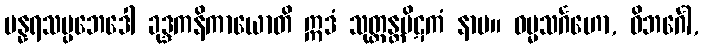
ပန္နရသပ္ပဘေဒေါ ခုဒ္ဒကနိကာယောတိ ဣဒံ သုတ္တန္တပိဋကံ နာမ။ ဓမ္မသင်္ဂဟော, ဝိဘင်္ဂေါ,